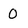
Character: 0